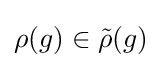
\rho (g)\in {\tilde {\rho }}(g)